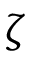
\zeta